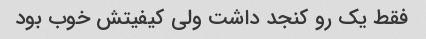
فقط یک رو کنجد داشت ولی کیفیتش خوب بود